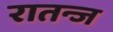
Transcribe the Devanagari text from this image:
रातन्ज